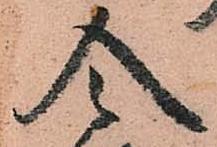
令